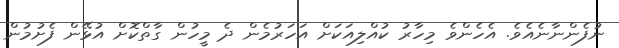
ނުފެންނާނެއެވެ. އެހެންވެ މިހާރު ކުއްލިއަކަށް އަހަރުމެން ދެ މީހުން ގާތްކޮށް އުޅޭން ފެށުމުން